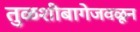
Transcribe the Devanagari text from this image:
तुळशीबागेजवळून